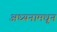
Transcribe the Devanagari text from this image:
अध्यनामधून